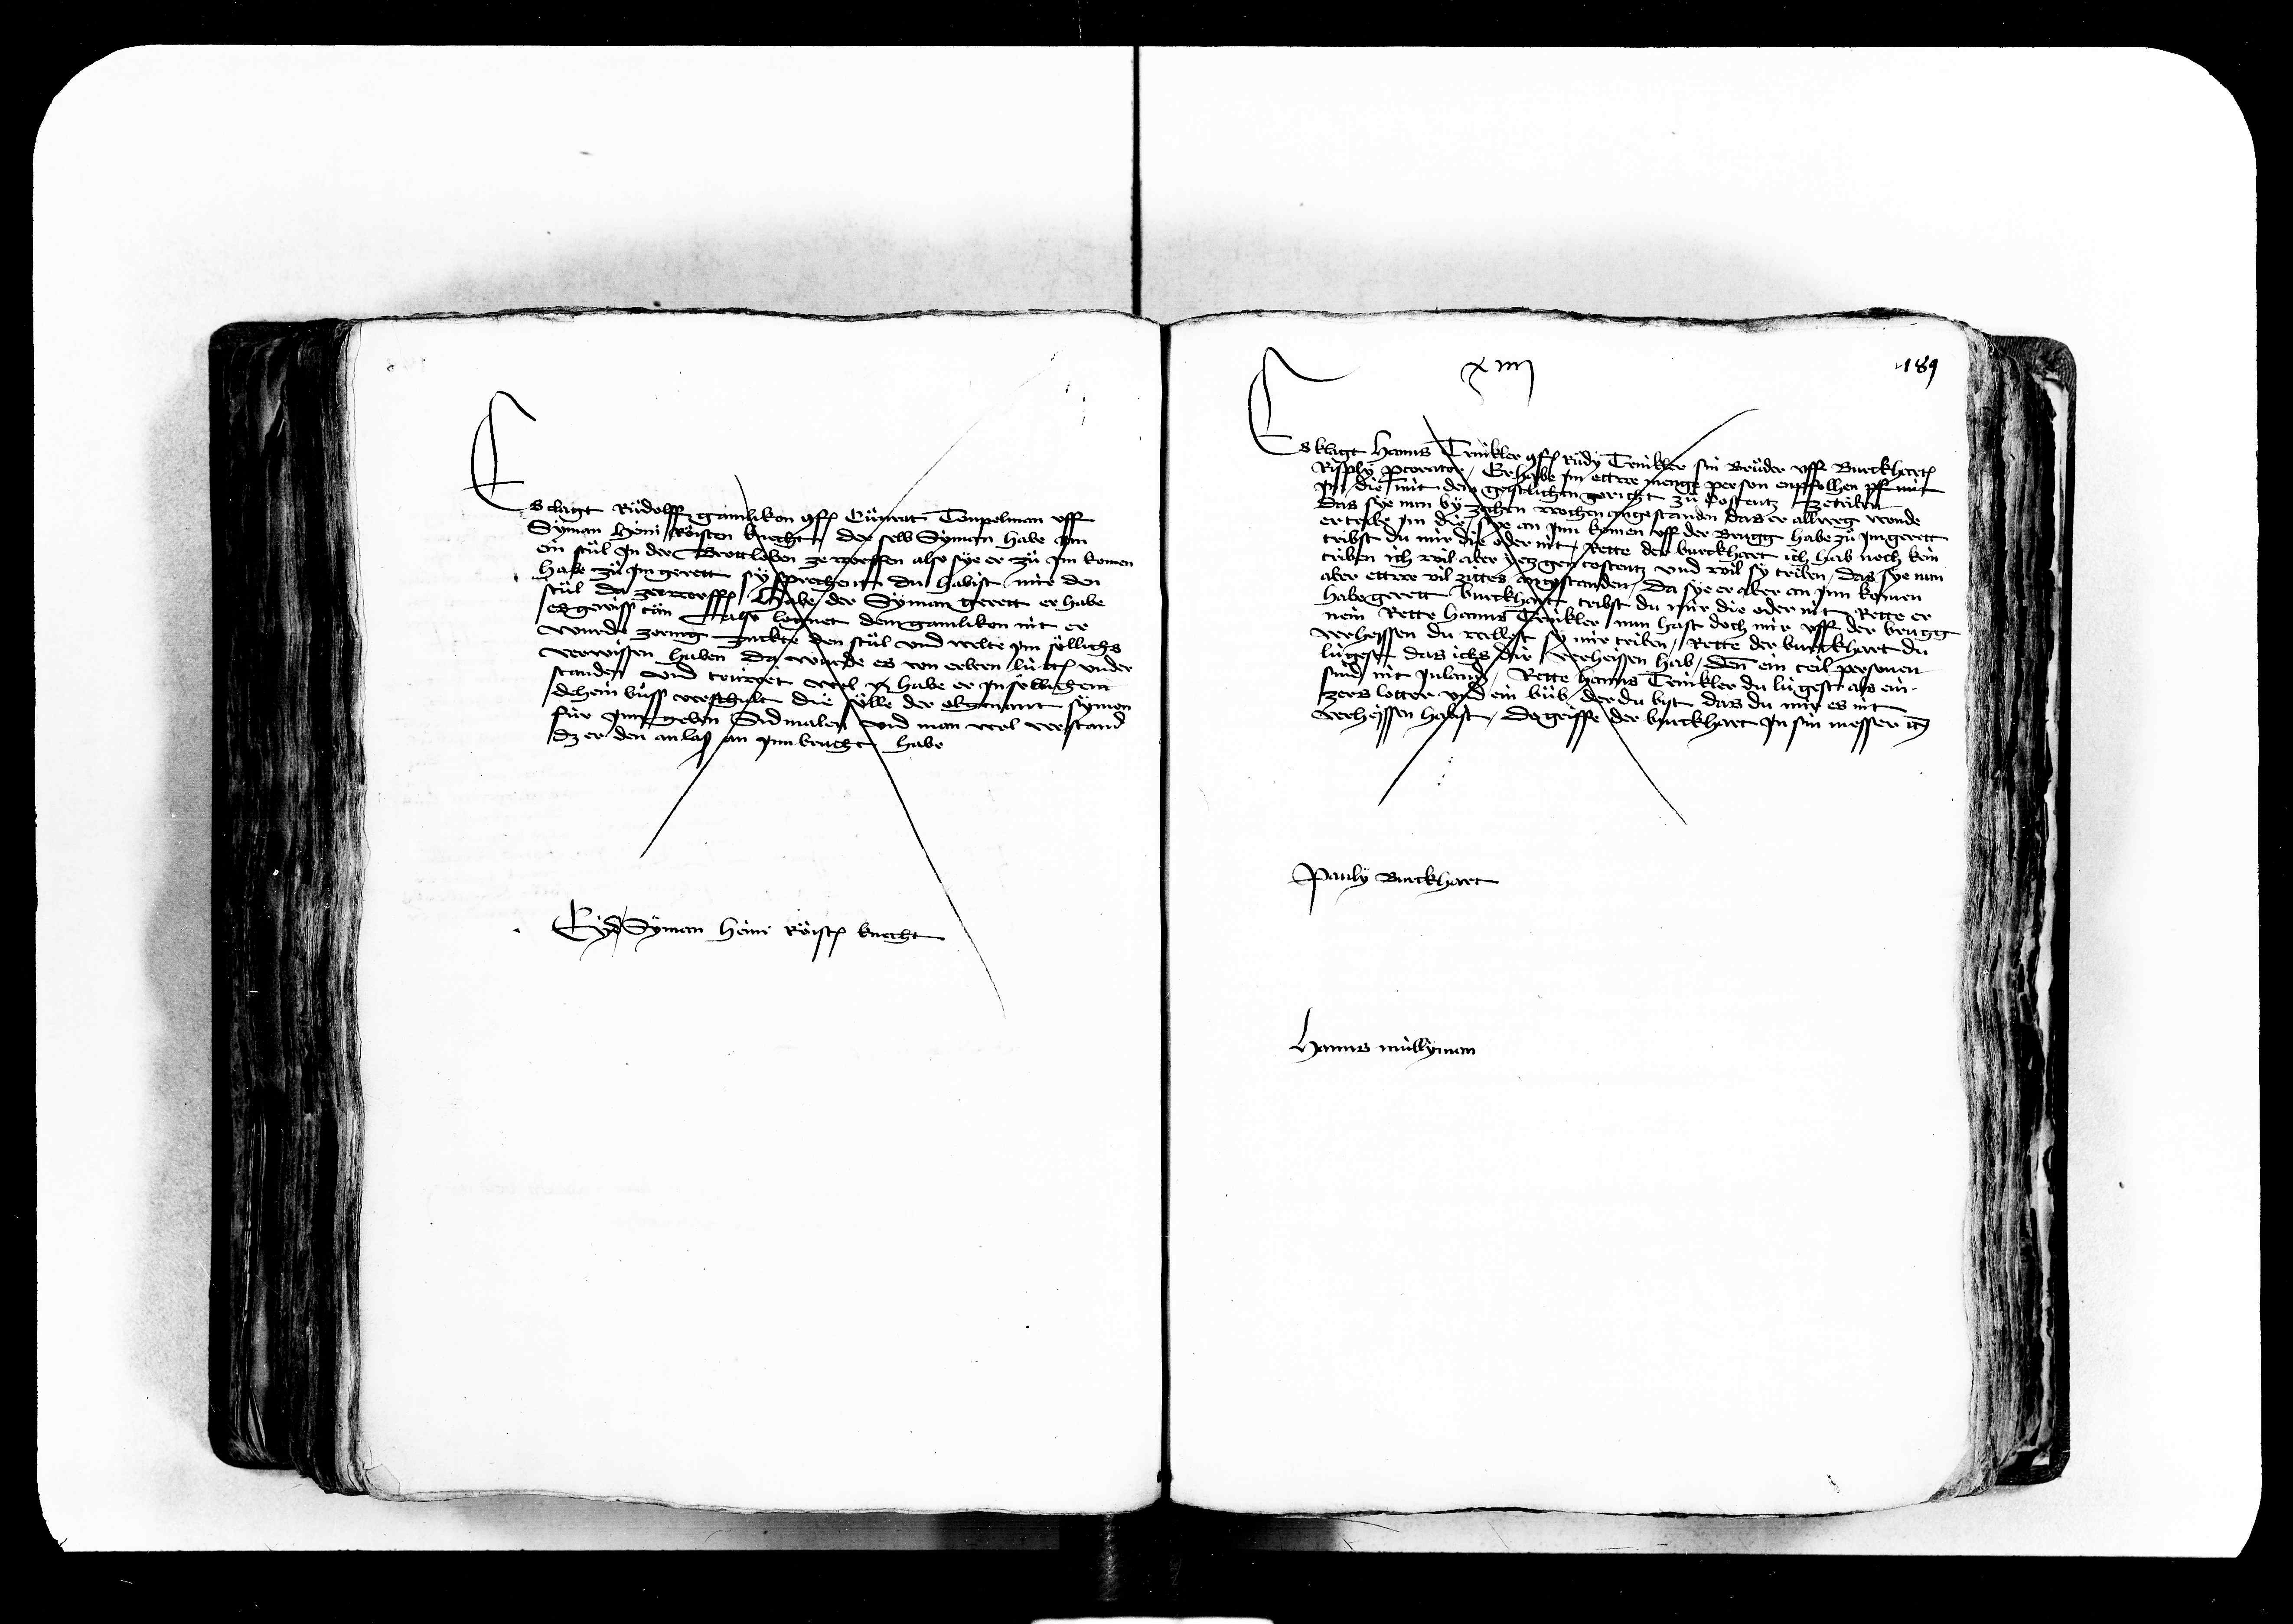
Transcription:
Es clagt Ruodolff gamlikon conf. Cuenrat Tempelmann uff
Syman Heini Röisten knecht der selb Syman habe jm
ein stül jn der Brottloben ze worden also sye er zue jm komen
habe zue jm gerett sy sprechent du habist mir den
stül da zerworff habe der Syman gerett er habe
es gewiss tän Also lognet dem gamlikon nit er
wurde zornig zuckte den stäl und welte jm soellichs
verwissen haben da wurde es von erbern lütten under
standen und truwet wol habe er jn sölliche
dehein buess verschult die sölle der obgenant synon
für jnn geben sidmalen und man wol verstand
dz er den anlaß an jnn brucht
habe
Syman heini Roeisten knecht

Es klagt hanns Trinkler conf. Ruedy Trinkler sin brueder und Burckh
Ripply voratter Er habe jm ettwe men
ertrebe jm
person enpfolhen uff mit
jm die mit dem gestlichen gericht zue kostentz zetrin
das sye nun by zechen wochen angestanden das er allweg wende
an jnn komen uff der Brugg habe zue jm gerett
tribst du mir die oder nit Rette der Burckhart ich hab noch kein
triben ich wil aber jetz gen Costentz und wil sy triben das sye nun
aber ettwe vil zittes angestanden da sye er aber an jnn komen
habe gerett Burckhat tribst du mir die oder nit Rette er
nein Rette hanns Trinkler min hast doch mir uff der brugg
verheissen du wellest sy mir triben Rette der burckhart du
lügest das ichs dir verheissen hab denn ein teil personen
sind nit jn lander Rette Hanns Trinkler du lügest als ein
zers lotter und ein bueb der du bist das du mir es nit
verheissen habist do griffe der Burckhart jn sin messer etc.

auly Burckhart

jr

81

Hanns müllyman